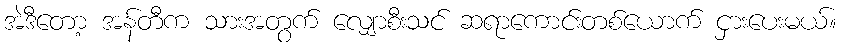
အဲဒီတော့ အန်တီက သားအတွက် လျှောစီးသင် ဆရာကောင်းတစ်ယောက် ငှားပေးမယ်။